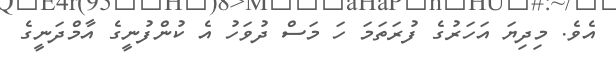
އެވެ. މިދިޔަ އަހަރުގެ ފުރަތަމަ ހަ މަސް ދުވަހު އެ ކުންފުނީގެ އާމްދަނީގެ